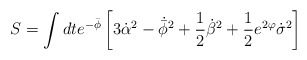
\begin{align*}S = \int dt e^{-\bar\phi} \left[ 3\dot\alpha^2 - \dot{\bar\phi}^2 +{1\over2}\dot{\beta}^2 +{1\over2}e^{2\varphi}\dot{\sigma}^2 \right]\end{align*}